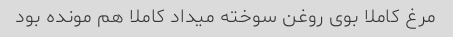
مرغ کاملا بوی روغن سوخته میداد کاملا هم مونده بود